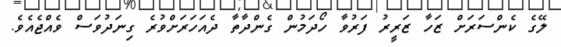
ލޭގެ ކެންސަރަށް ޒަހާ ޒަރީރު ފަރުވާ ހޯދަމުން ގެންދާތާ ދެއަހަރަށްވުރެ ގިނަދުވަސް ވެއްޖެއެވެ.